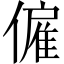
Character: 僱